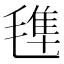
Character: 𣯍